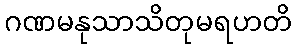
ဂဏမနုသာသိတုမရဟတိ